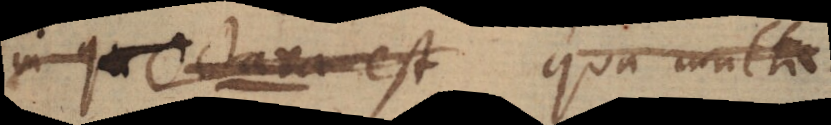
in qu Octava est qua multa